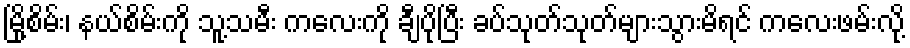
မြို့စိမ်း၊ နယ်စိမ်းကို သူ့သမီး ကလေးကို ချီပိုပြီး ခပ်သုတ်သုတ်များသွားမိရင် ကလေးဖမ်းလို့